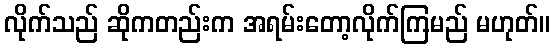
လိုက်သည် ဆိုကတည်းက အရမ်းတော့လိုက်ကြမည် မဟုတ်။